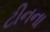
ટીનના